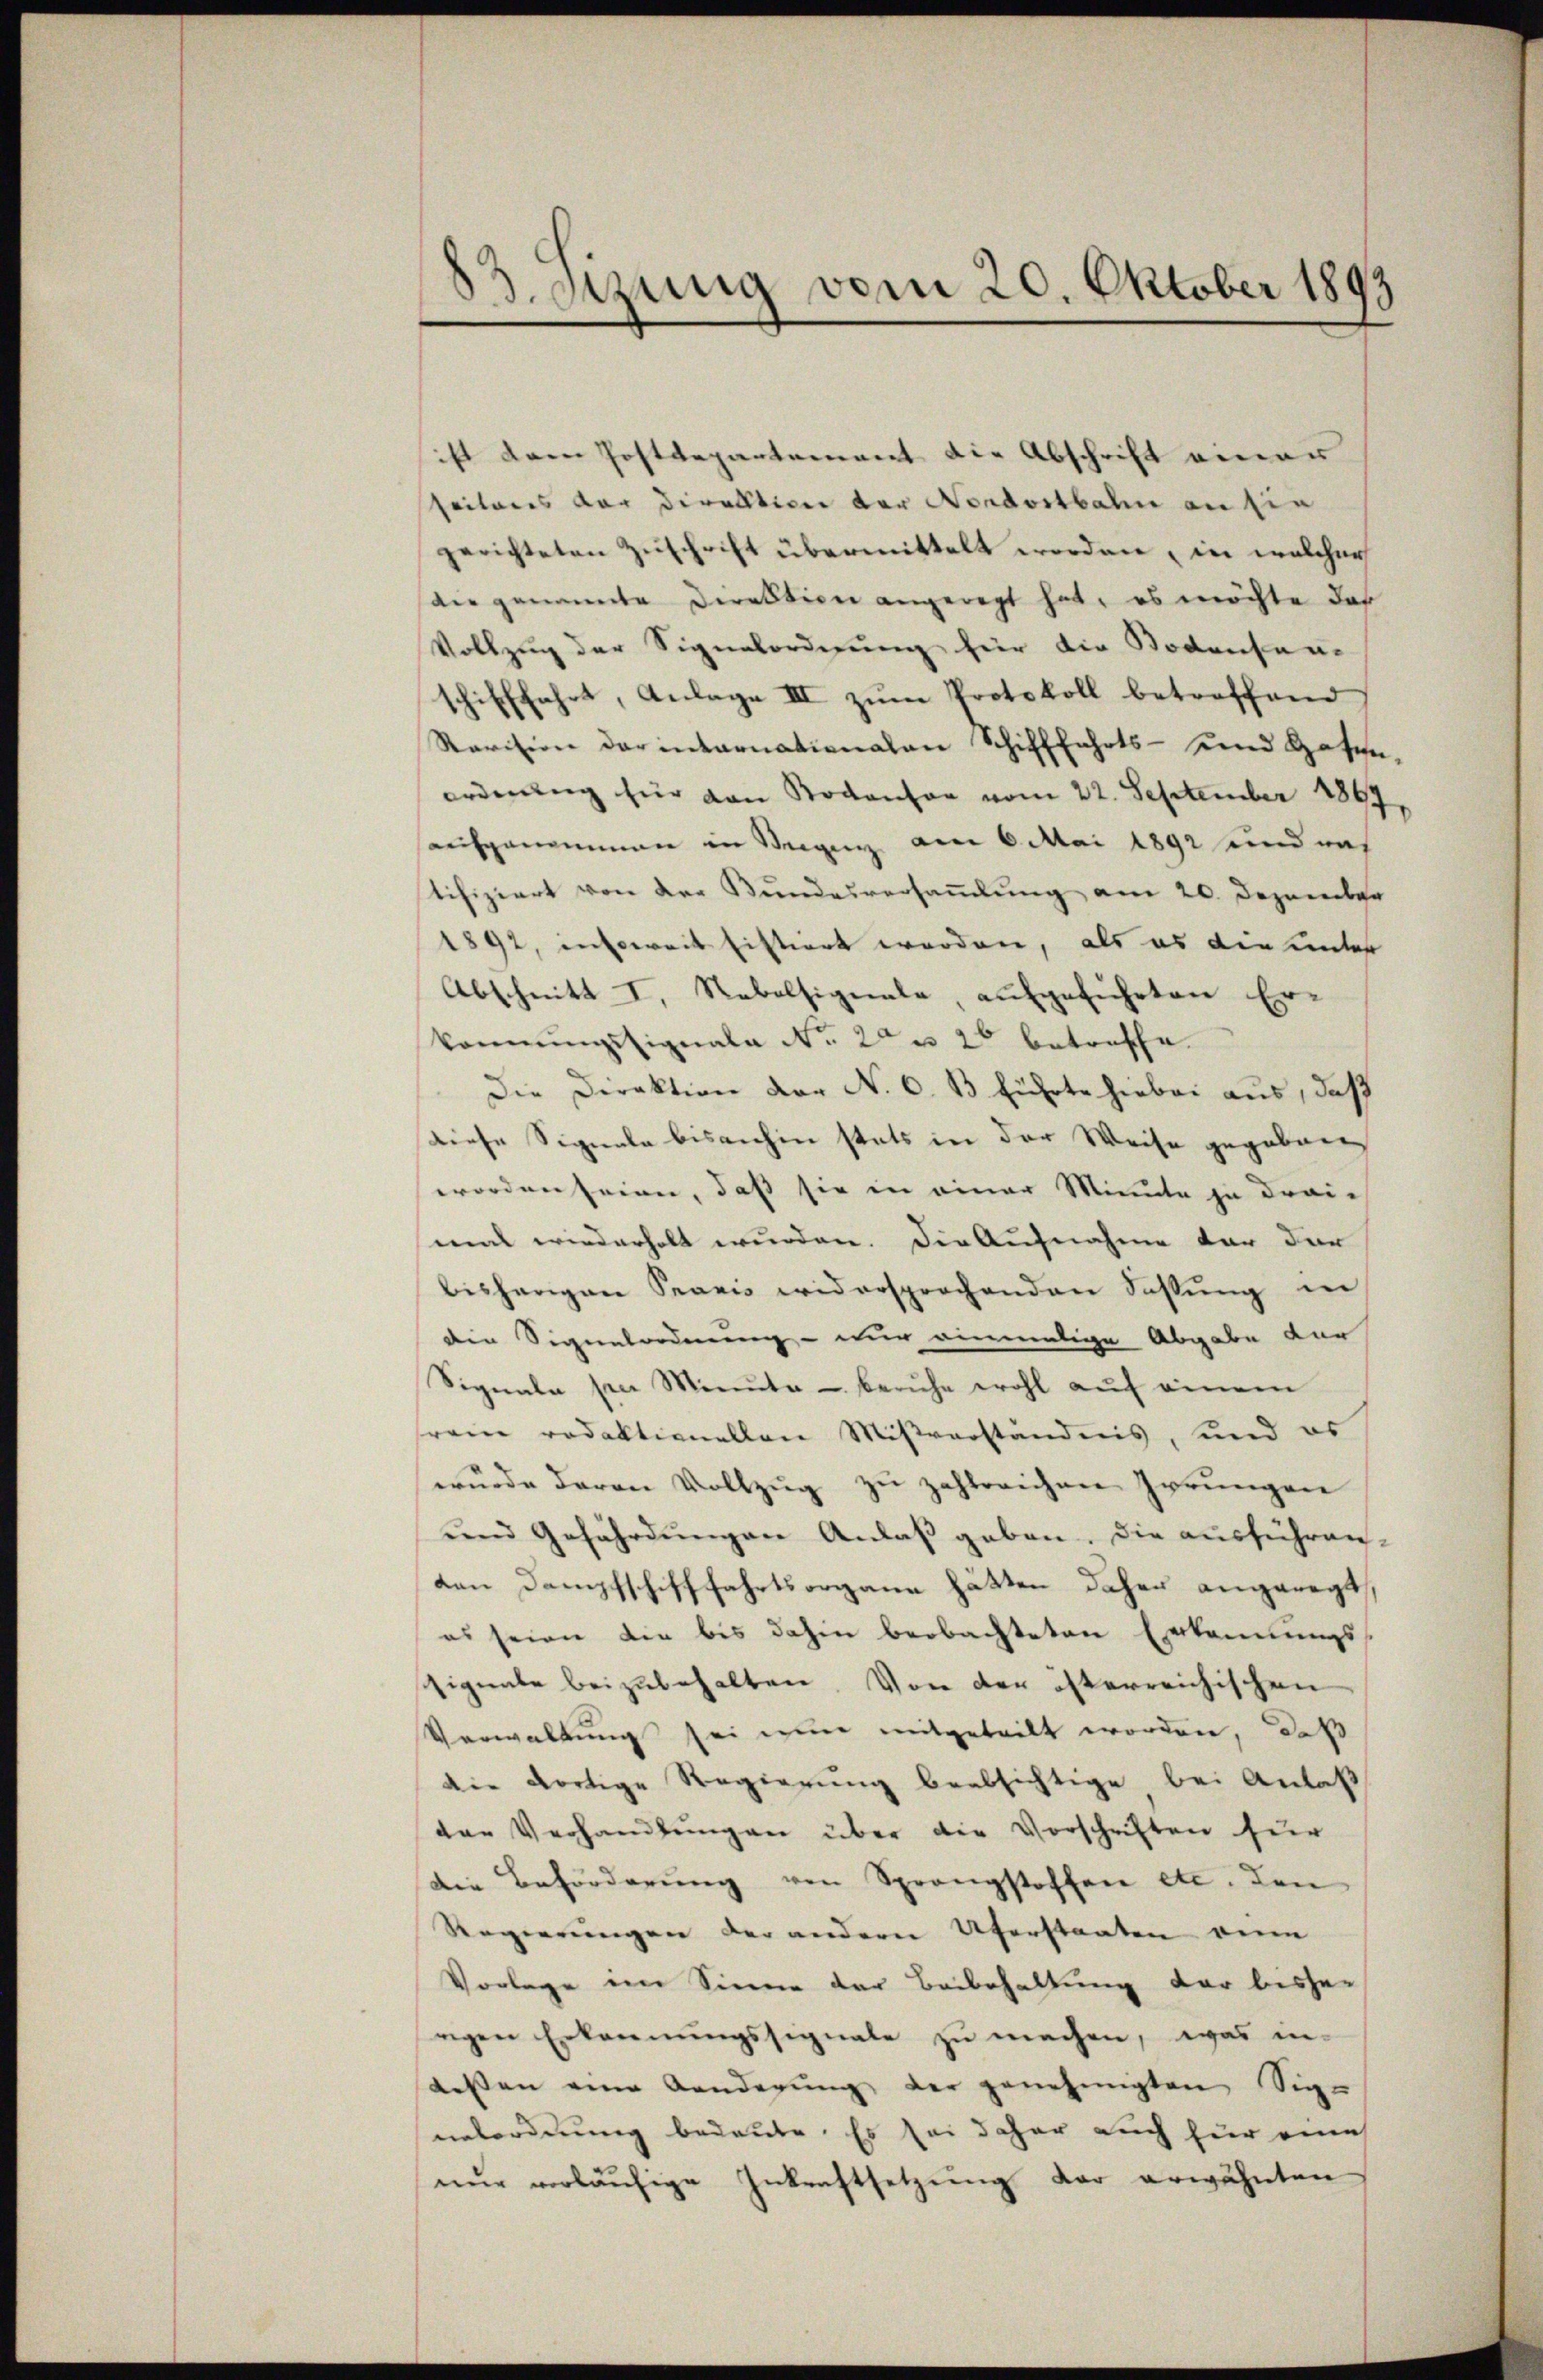
83. Sizung vom 20. Oktober 1893

ist dann Postdepartement die Abschrift einer
seitens der Direktion der Nordostbahn an sie
gerichteten Zuschrift übermittelt worden, in welcher
die genannte Direktion angeregt hat, es möchte das
Vollzug der Signalordnung für die Bodensenschifffahrt, Anlage III zŭm Protokoll betreffend
Ravision der internationalen Schifffahrts- und Hosen-
ordnung für von Bodenser vom 22. September 1897,
aufgenommen in Steigen am 6. Mai 1892 und was
tifiziert von der Bundesversammlung am 20. Dezember
1892, insoweit histiert werden, als es die unter
Abschnitt I. Nebelsignale, aufgeführten Erkornŭngssignale Nr. 2 u. 2 betreffe.
Die Direktion der N. O. B. führte hiebei aus, daß
Diese Signale bisanhin stets in der Weise gegeben
worden seien, daß sie in einer Minute zu drei-
mal wiederholt wurden. Die Aufnahme der der
bisherigen Spanis widersprochenden Sassŭng in
die Signatordnung – wir einmalige Abgabe für
Signale sie Minuta - beruhe wohl auf einem
rem redaktionellen Mißverständnis, und es
wŭrde davon Vollzŭg zŭ zahlreichen Irrŭngen
und Gefährdungen Anlaß geben. Die ausführen-
den Dampfschifffahrtsorgane hätten daher angeregt,
es seien die bis dahin beobachteten Erkennungs-
Eignale beizubehalten. Von der österreichischen
Verwaltung sei eine mitgeteilt worden, daß
die dortige Regierung beabsichtige bei Anlaß
der Verhandlŭngen über die Vorschriften für
Die Beförderung von Sprangstoffen etc. den
Regierungen der andern Uferstaaten ein
Vorlege im Sinne der Beibehaltung der bisher
rigen Erkennungssignale zu machen, was in
dessen eine Aenderung der genehmigten Sige
enbordnung bedeute. Es sei daher auch für eine
nŭr vorläŭfige Inkraftsetzŭng der erwähnten